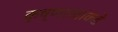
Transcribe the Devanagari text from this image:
कृष्णरावांकडे